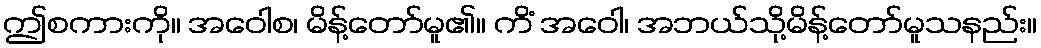
ဤစကားကို။ အဝေါစ၊ မိန့်တော်မူ၏။ ကိံ အဝေါ၊ အဘယ်သို့မိန့်တော်မူသနည်း။